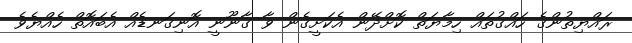
ރައްޔިތުންގެ ހައްގުތައް ހިމާޔަތް ކޮށްދޭން އެކަށީގެން ވާ ގާނޫނީ އޮނިގަނޑެއް އެބައޮތް ހެއްޔެވެ